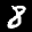
Label: 8